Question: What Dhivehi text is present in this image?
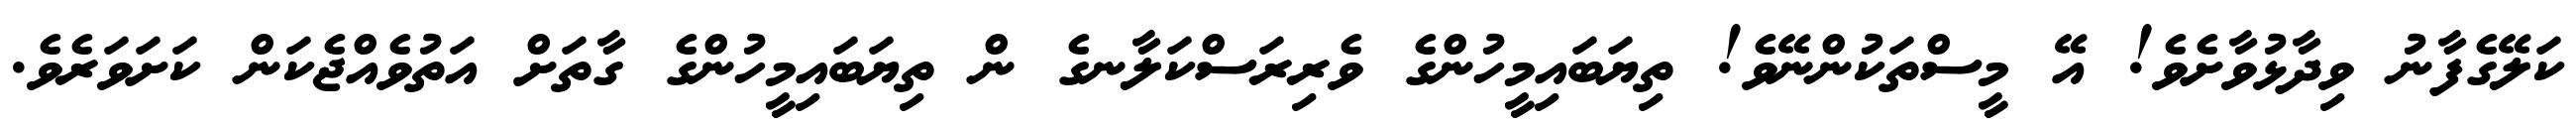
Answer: ކަލޭގެފާނު ވިދާޅުވާށެވެ! އޭ މީސްތަކުންނޭވެ! ތިޔަބައިމީހުންގެ ވެރިރަސްކަލާނގެ ން ތިޔަބައިމީހުންގެ ގާތަށް އަތުވެއްޖެކަން ކަށަވަރެވެ.